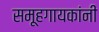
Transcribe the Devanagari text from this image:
समूहगायकांनी